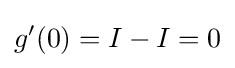
g'(0)=I-I=0